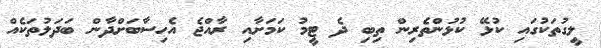
ލީގުތަކުގައި ކުޅޭ ކުޅުންތެރިން ތިބި ދެ ޓީމު ކަމަށާއި ރާއްޖެ އެހިސާބަށްދާން ބަދަލުތަކެއް